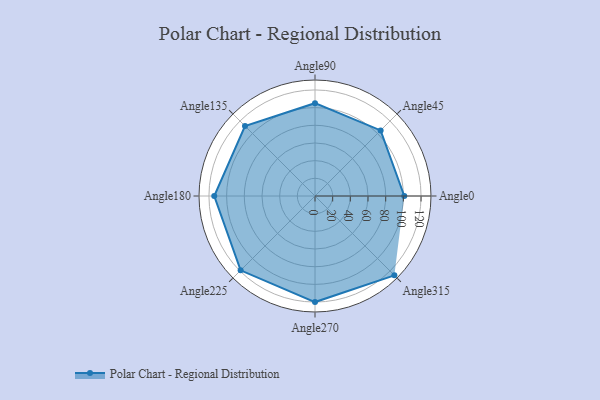
{"axis": {"x": "Angle", "y": "Radius"}, "legend": [""], "data": [{"x": "Angle0", "y": 101.0, "type": ""}, {"x": "Angle45", "y": 105.0, "type": ""}, {"x": "Angle90", "y": 105.0, "type": ""}, {"x": "Angle135", "y": 112.0, "type": ""}, {"x": "Angle180", "y": 114.0, "type": ""}, {"x": "Angle225", "y": 119.0, "type": ""}, {"x": "Angle270", "y": 120.0, "type": ""}, {"x": "Angle315", "y": 127.0, "type": ""}]}